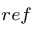
_ { r e f }